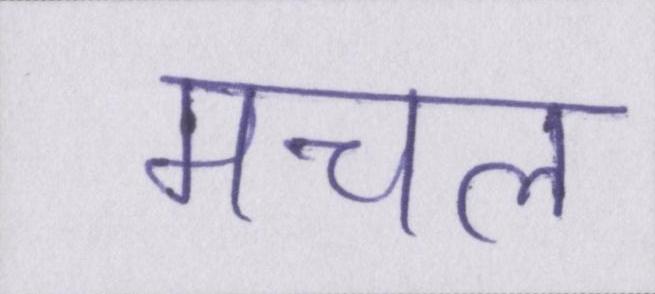
मचल